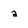
Character: a